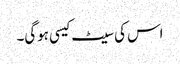
اس کی سیٹ کیسی ہوگی۔